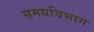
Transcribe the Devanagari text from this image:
समयविभाग